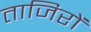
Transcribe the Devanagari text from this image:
ताजिरों